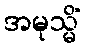
အမုသ္မိံ